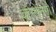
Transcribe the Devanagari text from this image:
कोरोनगो